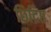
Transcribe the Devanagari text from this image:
छिद्रिष्ठ